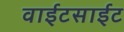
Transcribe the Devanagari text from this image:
वाईटसाईट